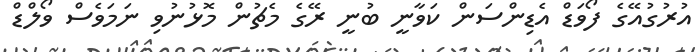
އުރުގުއޭގެ ފޯވަޑް އެޑިންސަން ކަވާނީ ބުނީ ރޭގެ މެޗުން މޮޅުނުވި ނަމަވެސް ވޯލްޑް